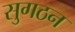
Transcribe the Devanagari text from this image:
सुगठन